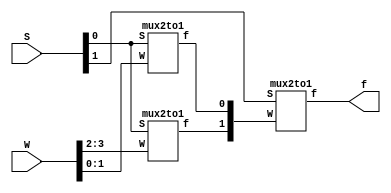
module mux4to1(W, S, f);
input [0:3]W;
input [1:0]S;
output f;
wire [0:1]X;

mux2to1 m1 (W[0:1], S[0], X[0]);
mux2to1 m2 (W[2:3], S[0], X[1]);
mux2to1 m3 (X[0:1], S[1], f);

endmodule


module mux2to1(W, S, f);
input [0:1]W;
input S;
output f;
reg f;
always@(W or S)
        if(S == 0) 
                f = W[0];
        else    
                f = W[1];
        
endmodule